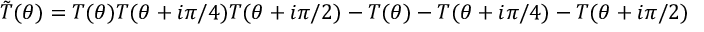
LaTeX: \tilde { T } ( \theta ) = T ( \theta ) T ( \theta + i \pi / 4 ) T ( \theta + i \pi / 2 ) - T ( \theta ) - T ( \theta + i \pi / 4 ) - T ( \theta + i \pi / 2 )